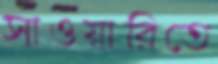
সাওয়ারিতে